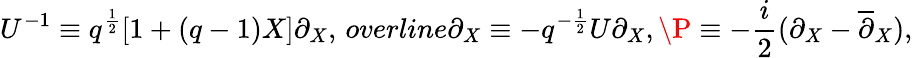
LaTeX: U^{-1}\equiv q^{\frac{1}{2}}[1+(q-1)X]\partial_{X},\, overline{\partial}_{X}\equiv-q^{-\frac{1}{2}}U\partial_{X},\P\equiv-\frac{i}{2}(\partial_{X}-\overline{{{\partial}}}_{X}),